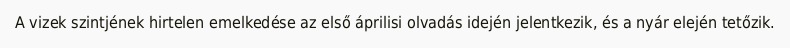
A vizek szintjének hirtelen emelkedése az első áprilisi olvadás idején jelentkezik, és a nyár elején tetőzik.